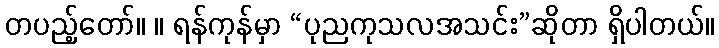
တပည့်တော်။ ။ ရန်ကုန်မှာ “ပုညကုသလအသင်း”ဆိုတာ ရှိပါတယ်။